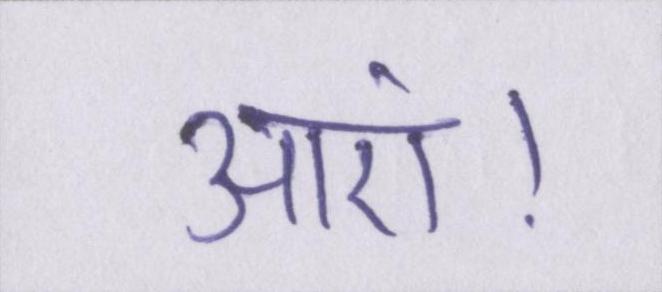
आएं।